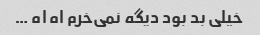
خیلی بد بود دیگه نمی‌خرم اه اه …